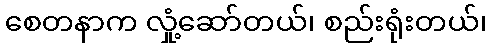
စေတနာက လှုံ့ဆော်တယ်၊ စည်းရုံးတယ်၊